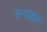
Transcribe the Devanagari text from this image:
तन्ख़्वाह